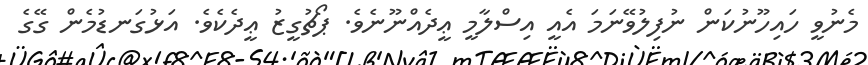
މެނުވީ ހައިހޫނުކަން ނުފިލުވޭނަމަ އެއީ އިސްލާމީ ޢީދެއްނޫނެވެ. ޕޯޗުގީޒު ޢީދެކެވެ. އަޅުގަނޑުމެން ގޭގެ